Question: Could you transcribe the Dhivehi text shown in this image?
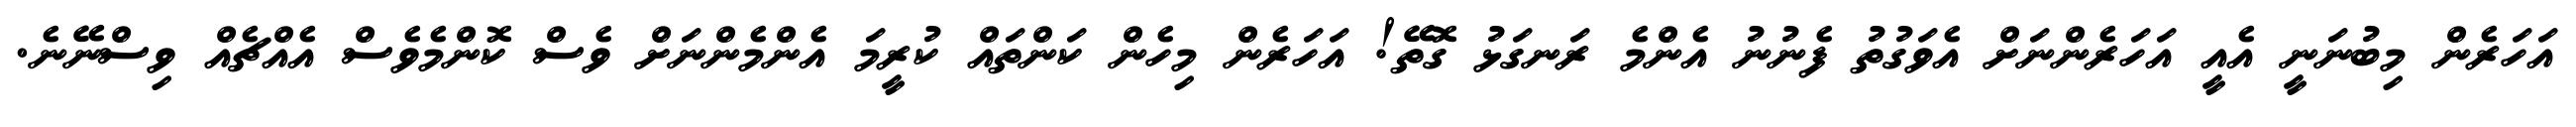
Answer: އަހަރެން މިބުނަނީ އެއީ އަހަރެންނަށް އެވަގުތު ފެނުނު އެންމެ ރަނގަޅު ގޮތޭ! އަހަރެން މިހެން ކަންތައް ކުރީމަ އެންމެންނަށް ވެސް ކޮންމެވެސް އެއްޗެއް ވިސްނޭނެ.